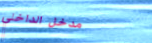
مدخل الداخلي